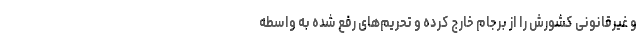
و غیرقانونی کشورش را از برجام خارج کرده و تحریم‌های رفع شده به واسطه